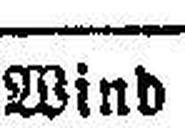
Wind